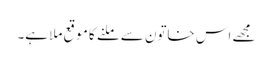
مجھے اس خاتون سے ملنے کا موقع ملا ہے۔